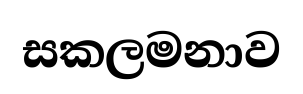
සකලමනාව